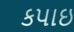
કપાઇ